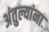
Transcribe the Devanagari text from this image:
अंतुल्यांना